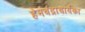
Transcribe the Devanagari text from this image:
हेमचंद्राचार्यका